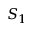
S _ { 1 }